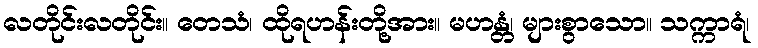
လတိုင်းလတိုင်း။ တေသံ၊ ထိုရဟန်းတို့အား။ မဟန္တံ၊ များစွာသော။ သက္ကာရံ၊